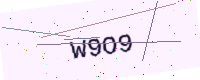
Text: W9O9